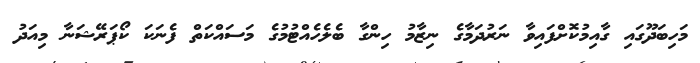
މަހިބަދޫގައި ގާއިމުކޮށްފައިވާ ނަރުދަމާގެ ނިޒާމު ހިންގާ ބެލެހެއްޓުމުގެ މަސައްކަތް ފެނަކަ ކޯޕަރޭޝަނާ މިއަދު